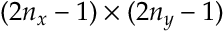
( 2 n _ { x } - 1 ) \times ( 2 n _ { y } - 1 )